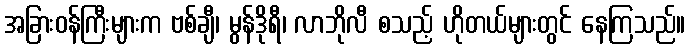
အခြားဝန်ကြီးများက ဗစ်ချီ၊ မွန်ဒိုရီ၊ လာဘိုလီ စသည့် ဟိုတယ်များတွင် နေကြသည်။